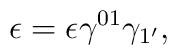
\epsilon=\epsilon\gamma^{01}\gamma_{1^{\prime}},